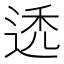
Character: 𬨩